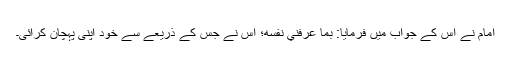
امامؑ نے اس کے جواب میں فرمایا: بِمَا عَرَّفَنِي‌ نَفْسَه‌؛ اس نے جس کے ذریعے سے خود اپنی پہچان کرائی۔